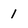
Character: 1